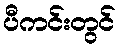
ပီကင်းတွင်